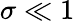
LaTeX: \sigma\ll 1